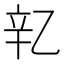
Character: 𬨖